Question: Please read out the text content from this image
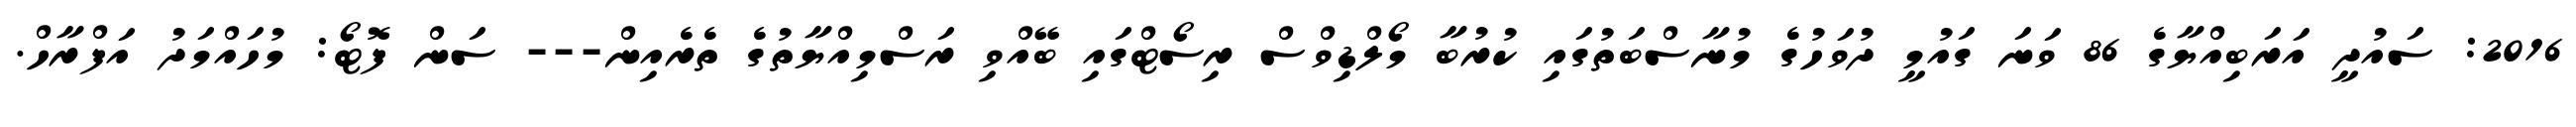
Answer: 2016: ސައުދީ އަރަބިއްޔާގެ 86 ވަނަ ގައުމީ ދުވަހުގެ މުނާސްބަތުގައި ކުރުބާ މޯލްޑިވްސް ރިސޯޓްގައި ބޭއްވި ރަސްމިއްޔާތުގެ ތެރެއިން--- ސަން ފޮޓޯ: މުހައްމަދު އަފްރާހް.